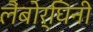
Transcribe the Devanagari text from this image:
लैंबोर्घिनी